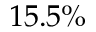
1 5 . 5 \%